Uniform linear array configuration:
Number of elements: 32
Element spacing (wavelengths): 1
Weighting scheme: uniform
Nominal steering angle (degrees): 30
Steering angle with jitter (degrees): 28.704
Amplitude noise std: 0.05
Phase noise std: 0.05

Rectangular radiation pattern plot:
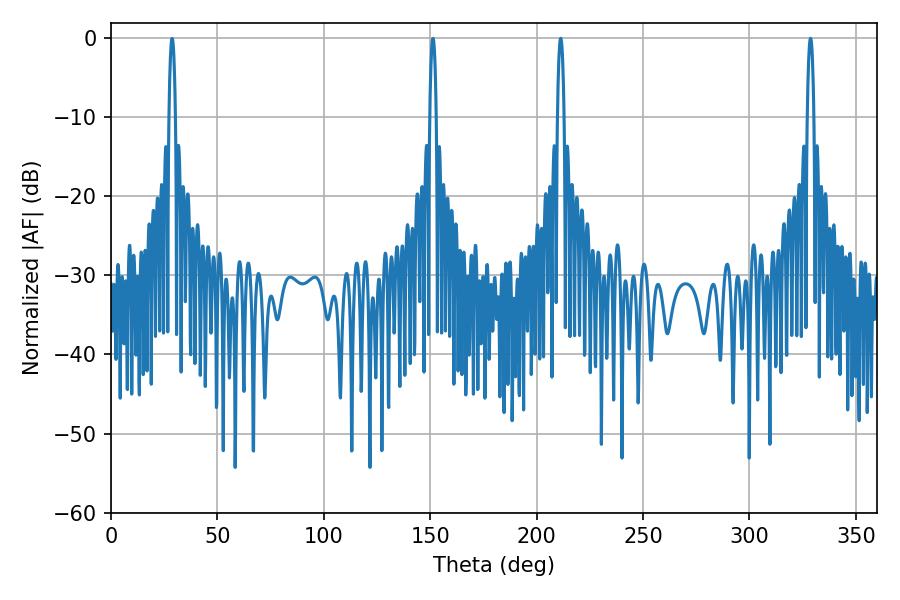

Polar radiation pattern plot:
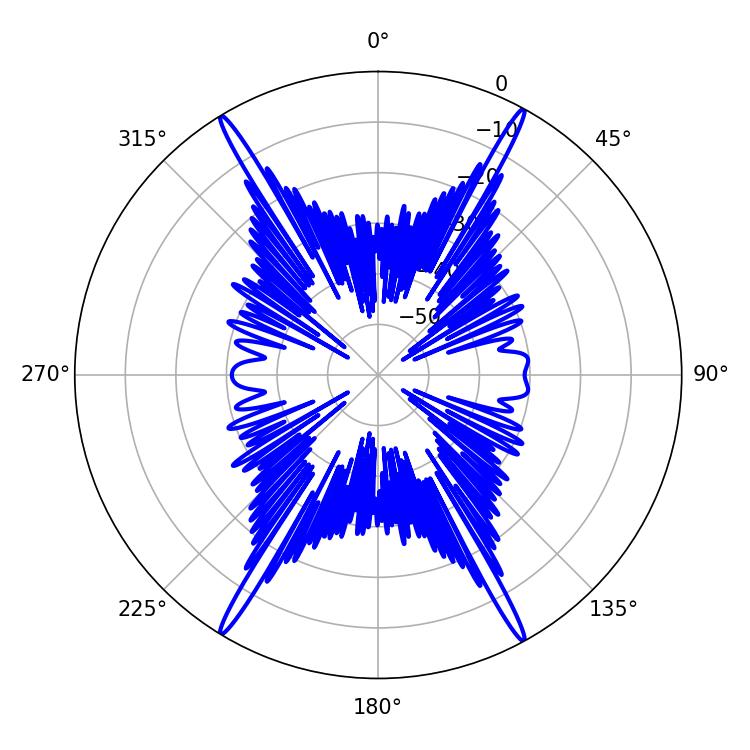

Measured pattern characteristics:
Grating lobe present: TRUE
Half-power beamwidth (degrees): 1.8
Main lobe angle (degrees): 328.68